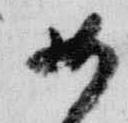
如